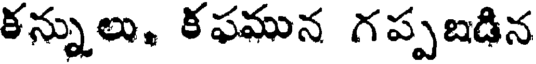
కన్నులు, క ఫమున గప్పబడిన